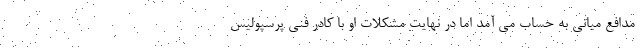
مدافع میانی به حساب می آمد اما در نهایت مشکلات او با کادر فنی پرسپولیس